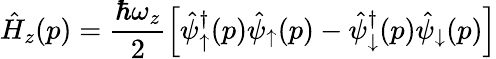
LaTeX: \hat{H}_{z}(p)=\frac{\hbar\omega_{z}}{2}\left[\hat{\psi}_{\uparrow}^{\dagger}(p)\hat{\psi}_{\uparrow}(p)-\hat{\psi}_{\downarrow}^{\dagger}(p)\hat{\psi}_{\downarrow}(p)\right]